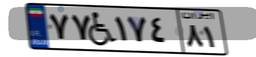
۲۰W۵۶۱۵۸